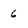
Character: 6